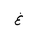
Letter: _gayn